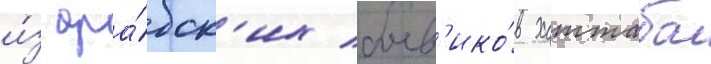
и́з ара́бск'их боев'ико́в хаттаба